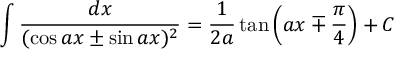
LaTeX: \int { \frac { d x } { ( \cos a x \pm \sin a x ) ^ { 2 } } } = { \frac { 1 } { 2 a } } \tan \left( a x \mp { \frac { \pi } { 4 } } \right) + C